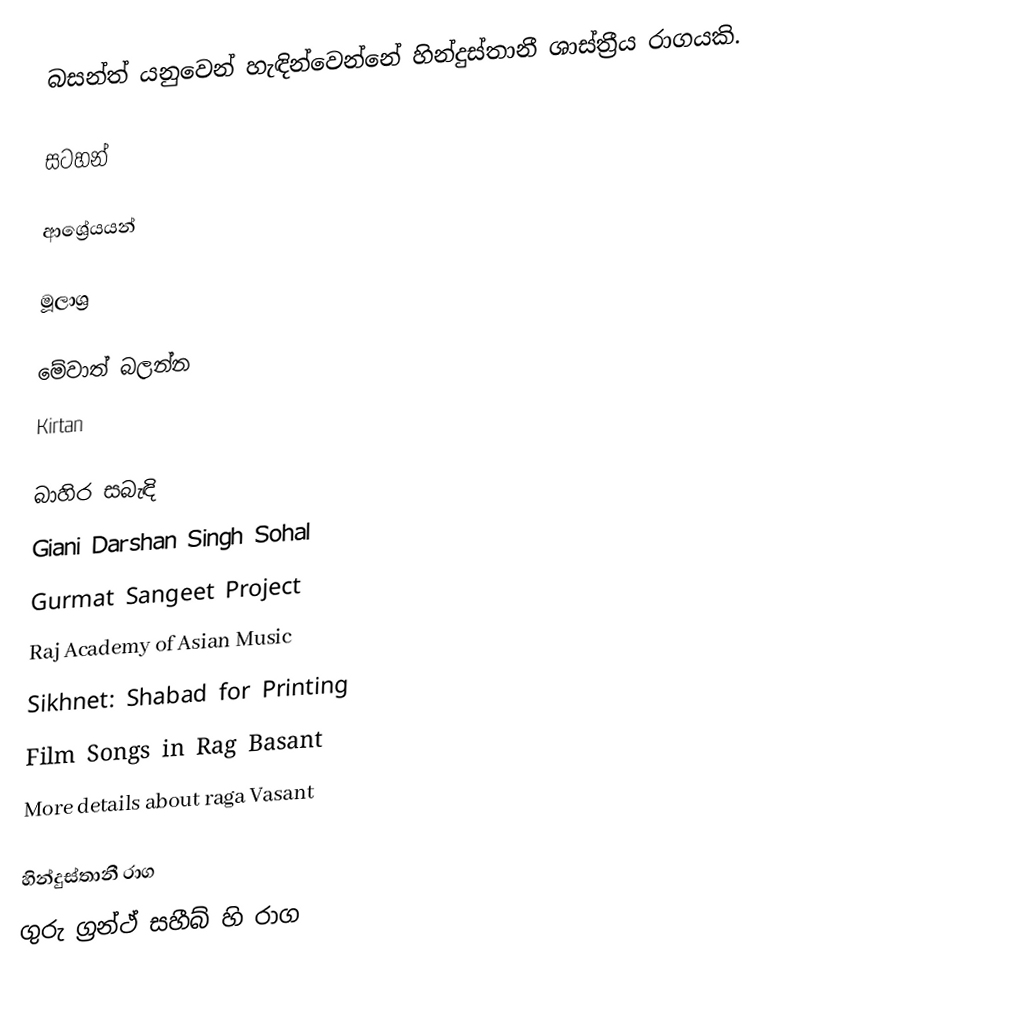
බසන්ත් ‍යනුවෙන් හැඳින්වෙන්නේ හින්දුස්තානී ශාස්ත්‍රීය රාගයකි.

සටහන්

ආශ්‍රේයයන්

මූලාශ්‍ර

මේවාත් බලන්න
 Kirtan

බාහිර සබැඳි
 Giani Darshan Singh Sohal
 Gurmat Sangeet Project
 Raj Academy of Asian Music
 Sikhnet: Shabad for Printing
 Film Songs in Rag Basant
 More details about raga Vasant

හින්දුස්තානී රාග
ගුරු ග්‍රන්ථ් සහීබ් හි රාග